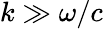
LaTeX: k\gg\omega/c